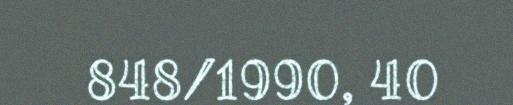
848/1990, 40